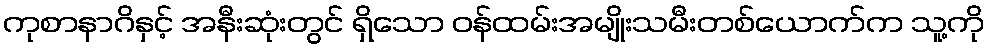
ကုစာနာဂိနှင့် အနီးဆုံးတွင် ရှိသော ဝန်ထမ်းအမျိုးသမီးတစ်ယောက်က သူ့ကို